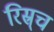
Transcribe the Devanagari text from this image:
रिस्र्च